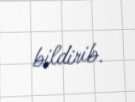
bildirib.